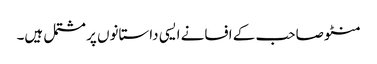
منٹو صاحب کے افسانے ایسی داستانوں پر مشتمل ہیں۔